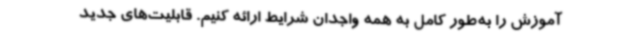
آموزش را به‌طور کامل به همه واجدان شرایط ارائه کنیم. قابلیت‌های جدید